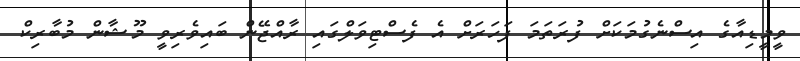
ވީމީޑިއާގެ އިސްނެގުމަކަށް ފުރަތަމަ ފަހަރަށް އެ ފެސްޓިވަލްގައި ރާއްޖޭން ބައިވެރިވީ މޫޝާން މުބާރިކް